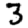
Digit: 3